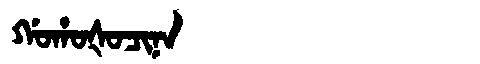
Manchu: ᡤᠣᡥᠣᡧᠣᠴᡳᠨᠠ
Romanization: GOHOŠOCINA